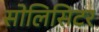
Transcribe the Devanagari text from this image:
सोलिसिटर